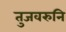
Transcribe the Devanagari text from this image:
तुजवरुनि